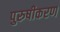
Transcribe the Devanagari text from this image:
पुरुषीकरण